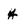
Character: a